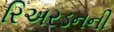
રિઅરડનની